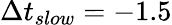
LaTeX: \Delta t_{slow}=-1.5